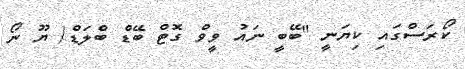
ކޯރަސްގައި ކިޔަނީ "ބޭބީ ނައު ވީވް ގޮޓް ބޭޑް ބްލަޑް/ ޔޫ ނޯ